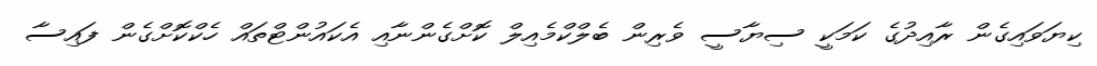
ކިޔަވައިގެން ރާއިދުގެ ކަމަކީ ސިޔާސީ ވެރިން ބެލްކްމެއިލް ކޮށްގެންނާއި އެކައުންޓްތައް ހެކްކޮށްގެން ފައިސާ